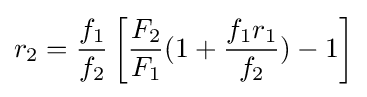
r_{2}={\frac {f_{1}}{f_{2}}}\left[{\frac {F_{2}}{F_{1}}}(1+{\frac {f_{1}r_{1}}{f_{2}}})-1\right]